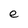
Character: e